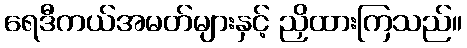
ရေဒီကယ်အမတ်များနှင့် ညှိထားကြသည်။